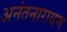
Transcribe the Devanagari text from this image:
अनंतनारायण